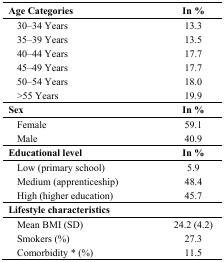
| Age Categories | In % |
 | --- | --- |
 | 30–34 Years | 13.3 |
 | 35–39 Years | 13.5 |
 | 40–44 Years | 17.7 |
 | 45–49 Years | 17.7 |
 | 50–54 Years | 18.0 |
 | >55 Years | 19.9 |
 | Sex | In % |
 | Female | 59.1 |
 | Male | 40.9 |
 | Educational level | In % |
 | Low (primary school) | 5.9 |
 | Medium (apprenticeship) | 48.4 |
 | High (higher education) | 45.7 |
 | Lifestyle characteristics |  |
 | Mean BMI (SD) | 24.2 (4.2) |
 | Smokers (%) | 27.3 |
 | Comorbidity * (%) | 11.5 |